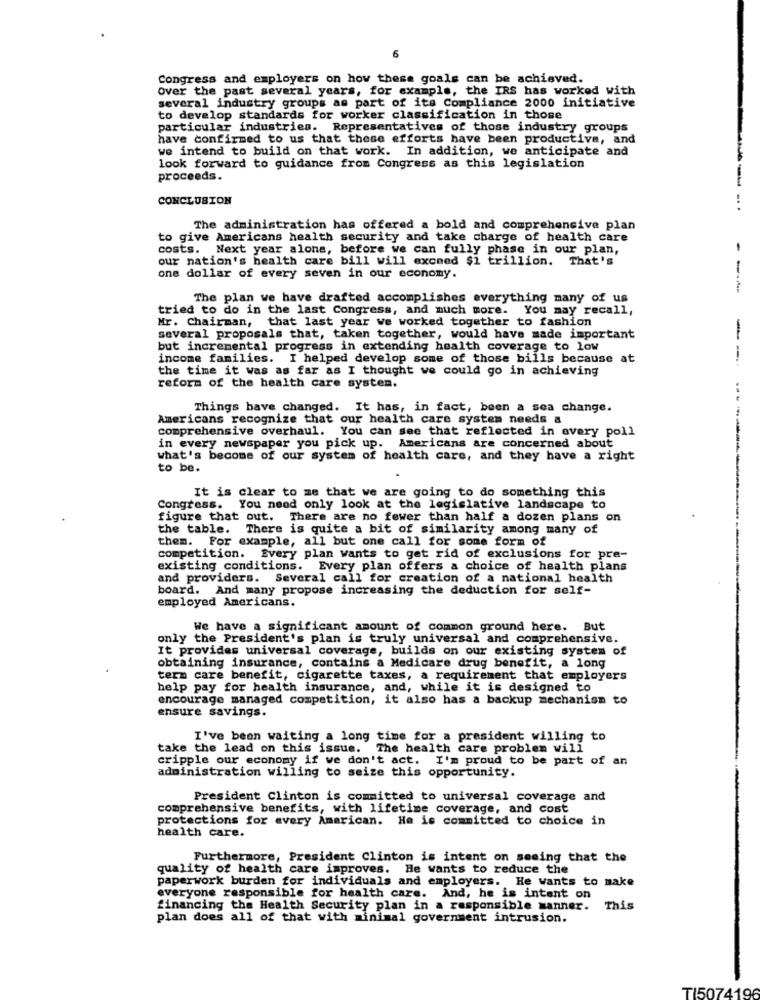
6
Congress and employers on how these goals can be achieved.
Over the past several years, for example, the IRS has worked with
several industry groups as part of its Compliance 2000 initiative
to develop standards for worker classification in those
particular industries. Representatives of those industry groups
have confirmed to us that these efforts have been productive, and
we intend to build on that work. In addition, we anticipate and
look forward to guidance from Congress as this legislation
proceeds.
CONCLUSION
...
The administration has offered a bold and comprehensive plan
to give Americans health security and take charge of health care
costs. Next year alone, before we can fully phase in our plan,
-
our nation's health care bill will excmed $1 trillion. That's
one dollar of every seven in our economy.
---
The plan we have drafted accomplishes everything many of us
tried to do in the last Congress, and much more. You may recall,
Mr. Chairman, that last year we worked together to fashion
several proposals that, taken together, would have made important
but incremental progress in extending health coverage to low
income families. I helped develop some of those bills because at
the time it was as far as I thought we could go in achieving
--
reform of the health care system.
Things have changed. It has, in fact, been a sea change.
Americans recognize that our health care system needs a
comprehensive overhaul. You can see that reflected in every poll
in every newspaper you pick up. Americans are concerned about
what's become of our system of health care, and they have a right
to be.
It is clear to me that we are going to do something this
Congress. You need only look at the legislative landscape to
figure that out. There are no fewer than half a dozen plans on
the table. There is quite a bit of similarity among many of
them. For example, all but one call for some form of
competition. Every plan wants to get rid of exclusions for pre-
existing conditions. Every plan offers a choice of health plans
and providers. Several call for creation of a national health
board. And many propose increasing the deduction for self-
employed Americans.
We have a significant amount of common ground here. But
only the President's plan is truly universal and comprehensive.
It provides universal coverage, builds on our existing system of
obtaining insurance, contains a Medicare drug benefit, a long
term care benefit, cigarette taxes, a requirement that employers
help pay for health insurance, and, while it is designed to
encourage managed competition, it also has a backup mechanism to
ensure savings.
I've been waiting a long time for a president willing to
take the lead on this issue. The health care problem will
cripple our economy if we don't act. I'm proud to be part of an
administration willing to seize this opportunity.
President Clinton is committed to universal coverage and
comprehensive benefits, with lifetime coverage, and cost
protections for every Amarican. He is committed to choice in
health care.
Furthermore, President Clinton is intent on seeing that the
quality of health care improves. He wants to reduce the
paperwork burden for individuals and employers. He wants to make
everyone responsible for health care. And, he is intent on
financing the Health Security plan in a responsible manner. This
plan does all of that with minimal government intrusion.
TI507419